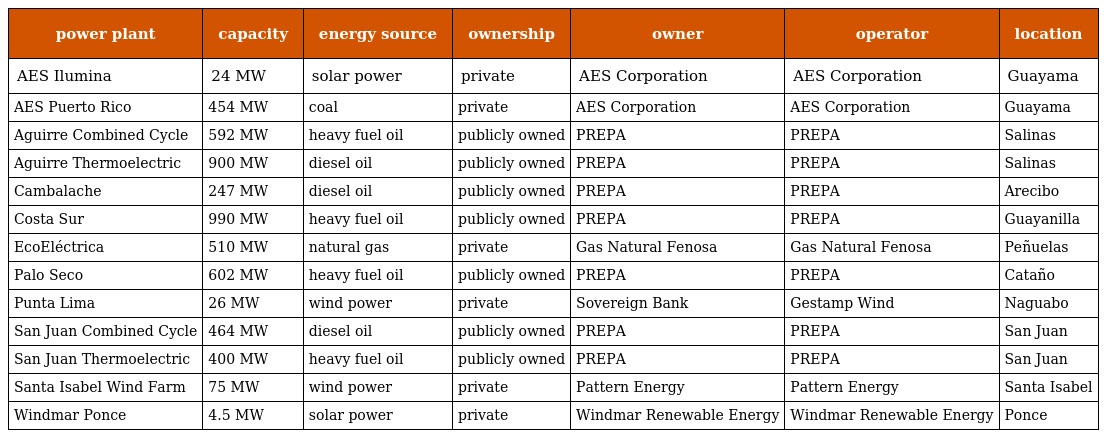
| power plant | capacity | energy source | ownership | owner | operator | location |
 | --- | --- | --- | --- | --- | --- | --- |
 | AES Ilumina | 24 MW | solar power | private | AES Corporation | AES Corporation | Guayama |
 | AES Puerto Rico | 454 MW | coal | private | AES Corporation | AES Corporation | Guayama |
 | Aguirre Combined Cycle | 592 MW | heavy fuel oil | publicly owned | PREPA | PREPA | Salinas |
 | Aguirre Thermoelectric | 900 MW | diesel oil | publicly owned | PREPA | PREPA | Salinas |
 | Cambalache | 247 MW | diesel oil | publicly owned | PREPA | PREPA | Arecibo |
 | Costa Sur | 990 MW | heavy fuel oil | publicly owned | PREPA | PREPA | Guayanilla |
 | EcoEléctrica | 510 MW | natural gas | private | Gas Natural Fenosa | Gas Natural Fenosa | Peñuelas |
 | Palo Seco | 602 MW | heavy fuel oil | publicly owned | PREPA | PREPA | Cataño |
 | Punta Lima | 26 MW | wind power | private | Sovereign Bank | Gestamp Wind | Naguabo |
 | San Juan Combined Cycle | 464 MW | diesel oil | publicly owned | PREPA | PREPA | San Juan |
 | San Juan Thermoelectric | 400 MW | heavy fuel oil | publicly owned | PREPA | PREPA | San Juan |
 | Santa Isabel Wind Farm | 75 MW | wind power | private | Pattern Energy | Pattern Energy | Santa Isabel |
 | Windmar Ponce | 4.5 MW | solar power | private | Windmar Renewable Energy | Windmar Renewable Energy | Ponce |